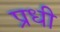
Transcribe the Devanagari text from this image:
प्रधी